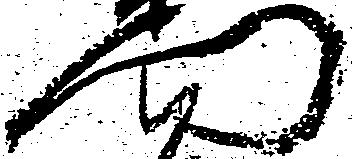
門